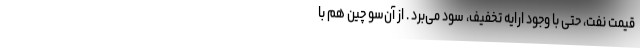
قیمت نفت، حتی با وجود ارایه تخفیف، سود می‌برد . از آن‌سو چین هم با